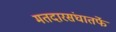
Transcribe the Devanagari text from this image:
मतदारसंघातर्फे